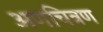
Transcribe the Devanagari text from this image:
अणचित्रण